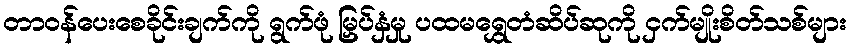
တာဝန်ပေးစေခိုင်းချက်ကို ရွက်ဖုံ မြှပ်နှံမှု ပထမရွှေတံဆိပ်ဆုကို ငှက်မျိုးစိတ်သစ်များ